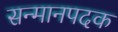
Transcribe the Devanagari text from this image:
सन्मानपदक